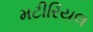
મટીરિયલ